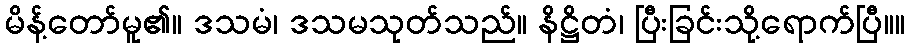
မိန့်တော်မူ၏။ ဒသမံ၊ ဒသမသုတ်သည်။ နိဋ္ဌိတံ၊ ပြီးခြင်းသို့ရောက်ပြီ။။